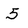
Character: 5